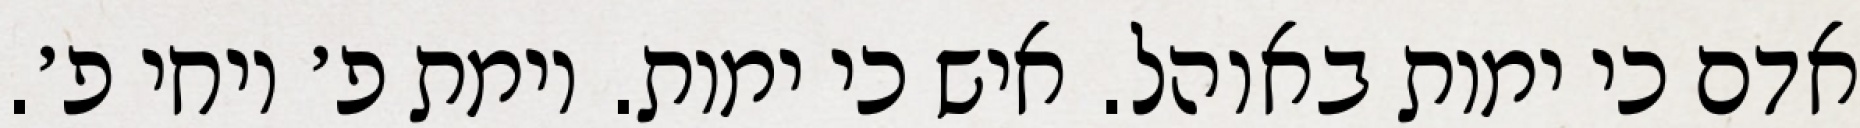
אדם כי ימות באוהל. איש כי ימות. וימת פ׳ ויחי פ׳.